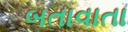
બતાવાતા